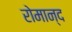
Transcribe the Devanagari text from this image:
रोमान्द